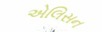
એલિસન